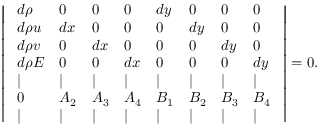
\left| \begin{array} { l l l l l l l l } { ~ d \rho } & { 0 } & { 0 } & { 0 } & { d y } & { 0 } & { 0 } & { 0 ~ } \\ { ~ d \rho u } & { d x } & { 0 } & { 0 } & { 0 } & { d y } & { 0 } & { 0 ~ } \\ { ~ d \rho v } & { 0 } & { d x } & { 0 } & { 0 } & { 0 } & { d y } & { 0 ~ } \\ { ~ d \rho E } & { 0 } & { 0 } & { d x } & { 0 } & { 0 } & { 0 } & { d y ~ } \\ { ~ | } & { | } & { | } & { | } & { | } & { | } & { | } & { | ~ } \\ { ~ 0 } & { A _ { 2 } } & { A _ { 3 } } & { A _ { 4 } } & { B _ { 1 } } & { B _ { 2 } } & { B _ { 3 } } & { B _ { 4 } ~ } \\ { ~ | } & { | } & { | } & { | } & { | } & { | } & { | } & { | ~ } \end{array} \right| = 0 .